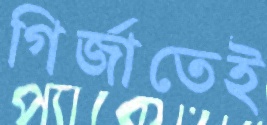
গির্জাতেই